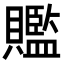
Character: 𧸦